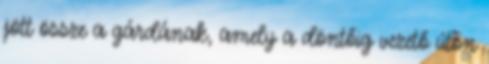
jött össze a gárdának, amely a döntőig vezető úton